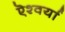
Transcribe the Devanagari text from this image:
ऎश्वर्या